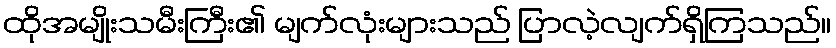
ထိုအမျိုးသမီးကြီး၏ မျက်လုံးများသည် ပြာလဲ့လျက်ရှိကြသည်။